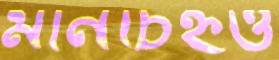
মানচিহ্নও